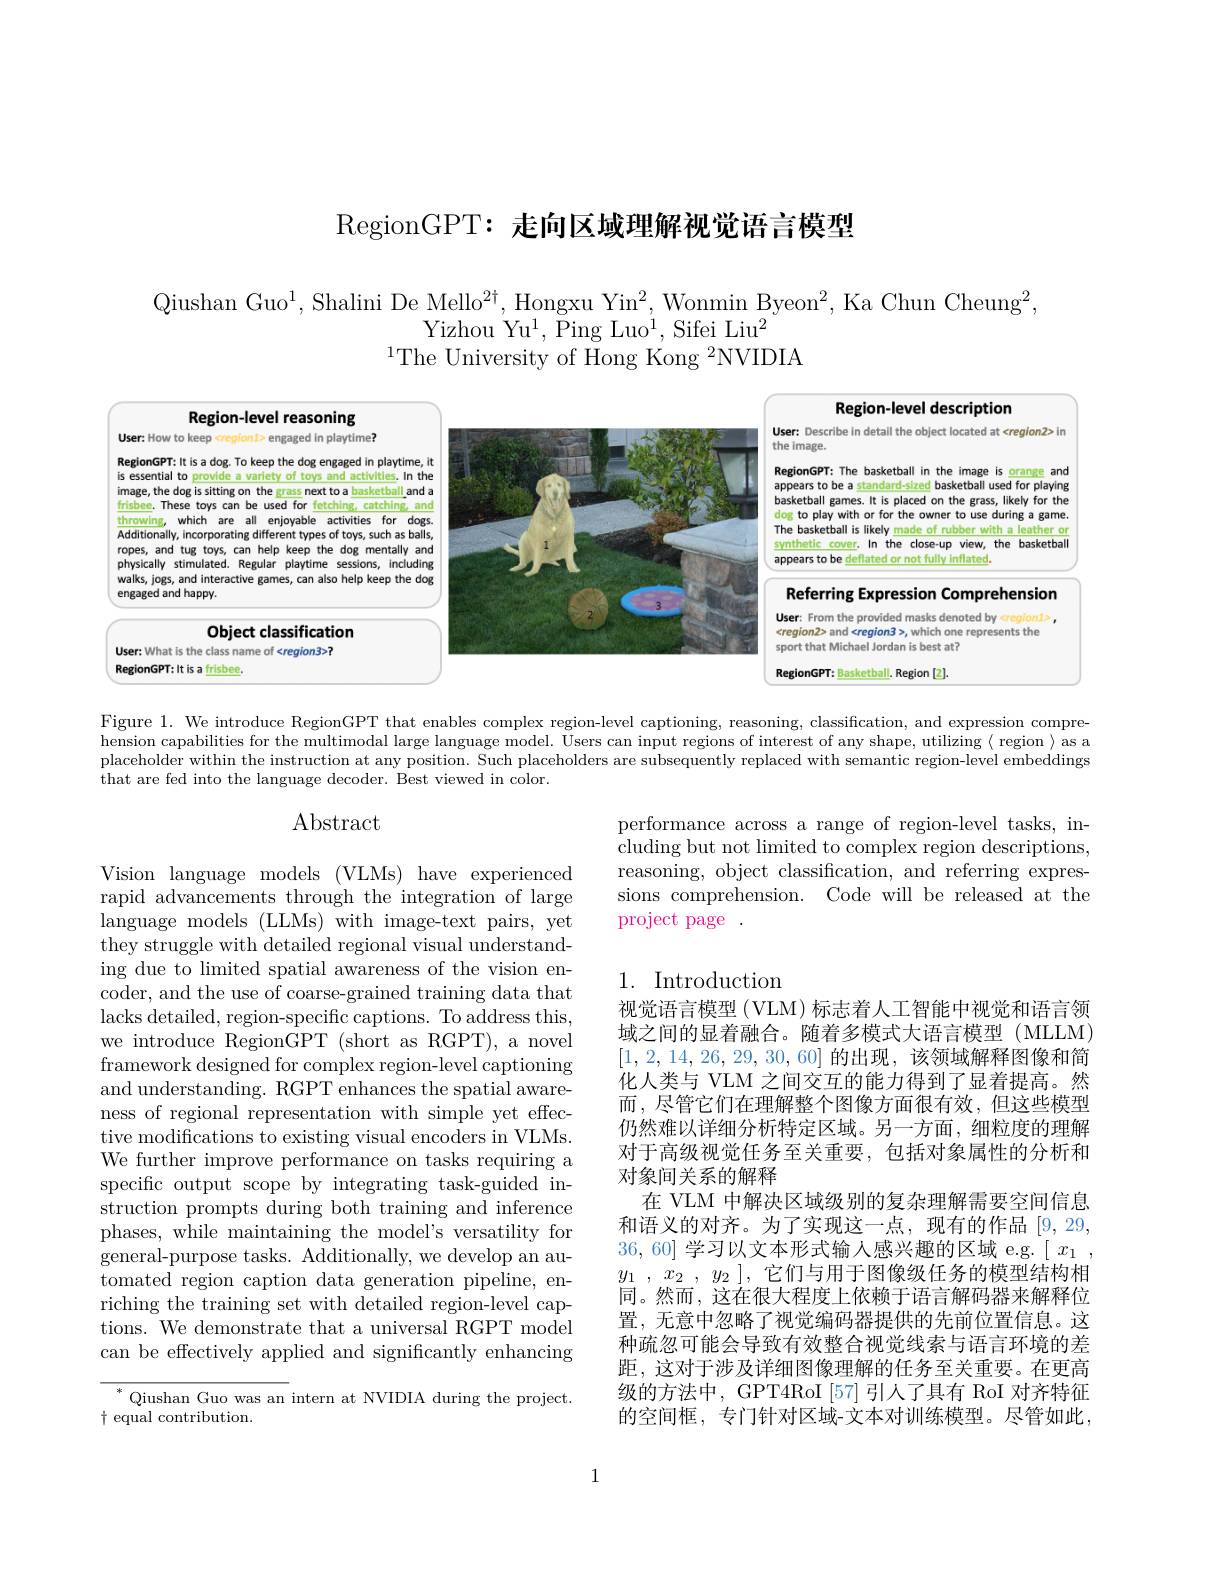
RegionGPT: 走向区域理解视觉语言模型

Qiushan Guo$^1$,Shalini De Mello$^2^{\dagger}$,Hongxu Yin$^2$,Wonmin Byeon$^2$,Ka Chun Cheung$^2$,
Yizhou Yu$^1$,Ping Luo$^1$,Sifei Liu$^2$
$^{1}$The University of Hong Kong 2NVIDIA

<FigureHere>

Figure 1. We introduce RegionGPT that enables complex region-level captioning, reasoning, classification, and expression comprehension capabilities for the multimodal large language model. Users can input regions of interest of any shape, utilizing $\langle$ region $\rangle$ as a placeholder within the instruction at any position. Such placeholders are subsequently replaced with semantic region-level embeddings that are fed into the language decoder. Best viewed in color.

# $\operatorname{Abstract}$

performance across a range of region-level tasks, including but not limited to complex region descriptions, reasoning, object classification, and referring expressions comprehension. Code will be released at the project page .

### 1. Introduction

Vision language models (VLMs) have experienced rapid advancements through the integration of large language models (LLMs) with image-text pairs, yet they struggle with detailed regional visual understanding due to limited spatial awareness of the vision encoder, and the use of coarse-grained training data that lacks detailed, region-specific captions. To address this, we introduce RegionGPT (short as RGPT), a novel framework designed for complex region-level captioning and understanding. RGPT enhances the spatial awareness of regional representation with simple yet effective modifications to existing visual encoders in VLMs. We further improve performance on tasks requiring a specific output scope by integrating task-guided instruction prompts during both training and inference phases, while maintaining the model's versatility for general-purpose tasks. Additionally, we develop an automated region caption data generation pipeline, enriching the training set with detailed region-level captions. We demonstrate that a universal RGPT model can be effectively applied and significantly enhancing

视觉语言模型 (VLM) 标志着人工智能中视觉和语言领域之间的显着融合。随着多模式大语言模型 (MLLM) [1,2,14,26,29,30,60]的出现，该领域解释图像和简化人类与 VLM 之间交互的能力得到了显着提高。然而，尽管它们在理解整个图像方面很有效，但这些模型仍然难以详细分析特定区域。另一方面，细粒度的理解对于高级视觉任务至关重要，包括对象属性的分析和对象间关系的解释
在 VLM 中解决区域级别的复杂理解需要空间信息和语义的对齐。为了实现这一点，现有的作品[9,29, 36,60]学习以文本形式输入感兴趣的区域 e.g.$[\begin{array}{c}x_1\end{array}$, $y_1$ , $x_2$ , $y_2$ ] , 它们与用于图像级任务的模型结构相同。然而，这在很大程度上依赖于语言解码器来解释位置，无意中忽略了视觉编码器提供的先前位置信息。这种疏忽可能会导致有效整合视觉线索与语言环境的差距，这对于涉及详细图像理解的任务至关重要。在更高级的方法中，GPT4RoI [57] 引人了具有 RoI 对齐特征的空间框，专门针对区域-文本对训练模型。尽管如此，

$^*$Qiushan Guo was an intern at NVIDIA during the project.
$\dagger$ equal contribution.

1